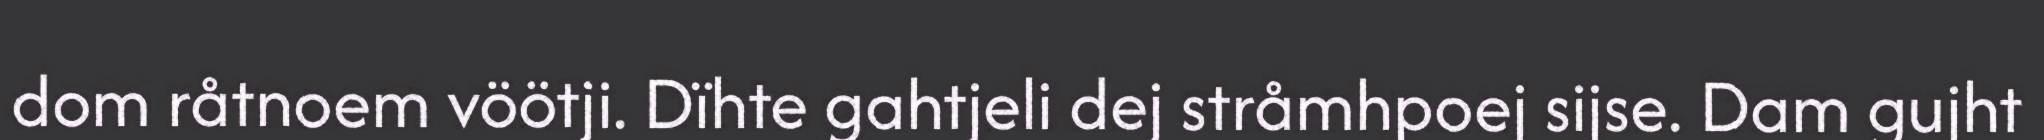
dom råtnoem vöötji. Dïhte gahtjeli dej stråmhpoej sijse. Dam gujht